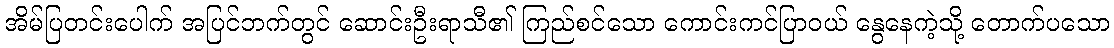
အိမ်ပြတင်းပေါက် အပြင်ဘက်တွင် ဆောင်းဦးရာသီ၏ ကြည်စင်သော ကောင်းကင်ပြာဝယ် နွေနေကဲ့သို့ တောက်ပသော